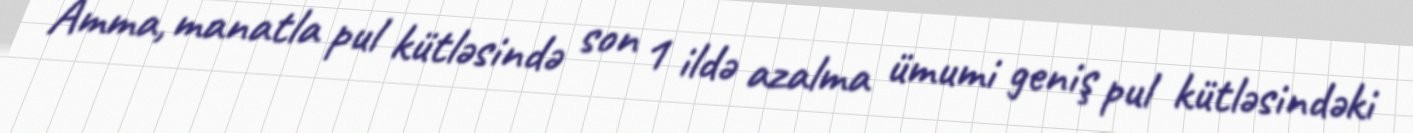
Amma, manatla pul kütləsində son 1 ildə azalma ümumi geniş pul kütləsindəki